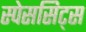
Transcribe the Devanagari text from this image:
स्पेससिट्स